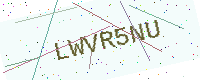
Text: LWVR5NU